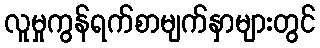
လူမှုကွန်ရက်စာမျက်နှာများတွင်